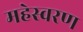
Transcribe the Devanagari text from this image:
महेस्वरण